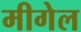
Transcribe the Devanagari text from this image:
मीगेल